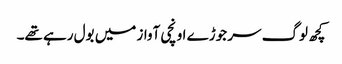
کچھ لوگ سر جوڑے اونچی آواز میں بول رہے تھے۔